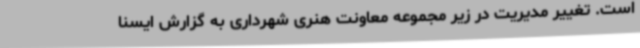
است. تغییر مدیریت در زیر مجموعه معاونت هنری شهرداری به گزارش ایسنا